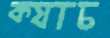
ক্যাচ